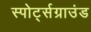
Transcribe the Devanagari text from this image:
स्पोर्ट्सग्राउंड